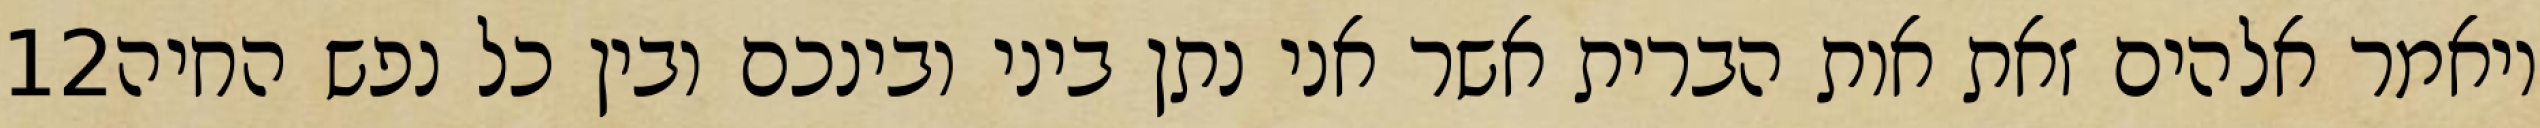
‎12‏ ויאמר אלהים זאת אות הברית אשר אני נתן ביני ובינכם ובין כל נפש החיה